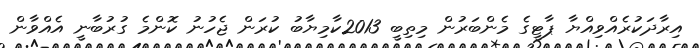
އިރާދަކުރެއްވިއްޔާ ޕާޓީގެ މެންބަރުން މިތިބީ 2013ކާމިޔާބު ކުރަން ޖެހުނު ކޮންމެ ގުރުބާނީ އެއްވާން